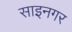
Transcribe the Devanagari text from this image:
साइनगर